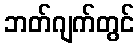
ဘတ်ဂျက်တွင်